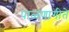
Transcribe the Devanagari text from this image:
पाळणागीते